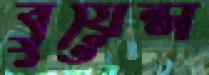
বুয়েন্স